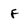
Character: F